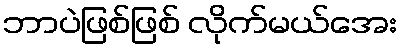
ဘာပဲဖြစ်ဖြစ် လိုက်မယ်အေး